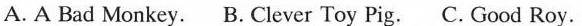
A. A Bad Monkey. B. Clever Toy Pig. C. Good Roy.